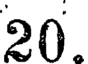
20.